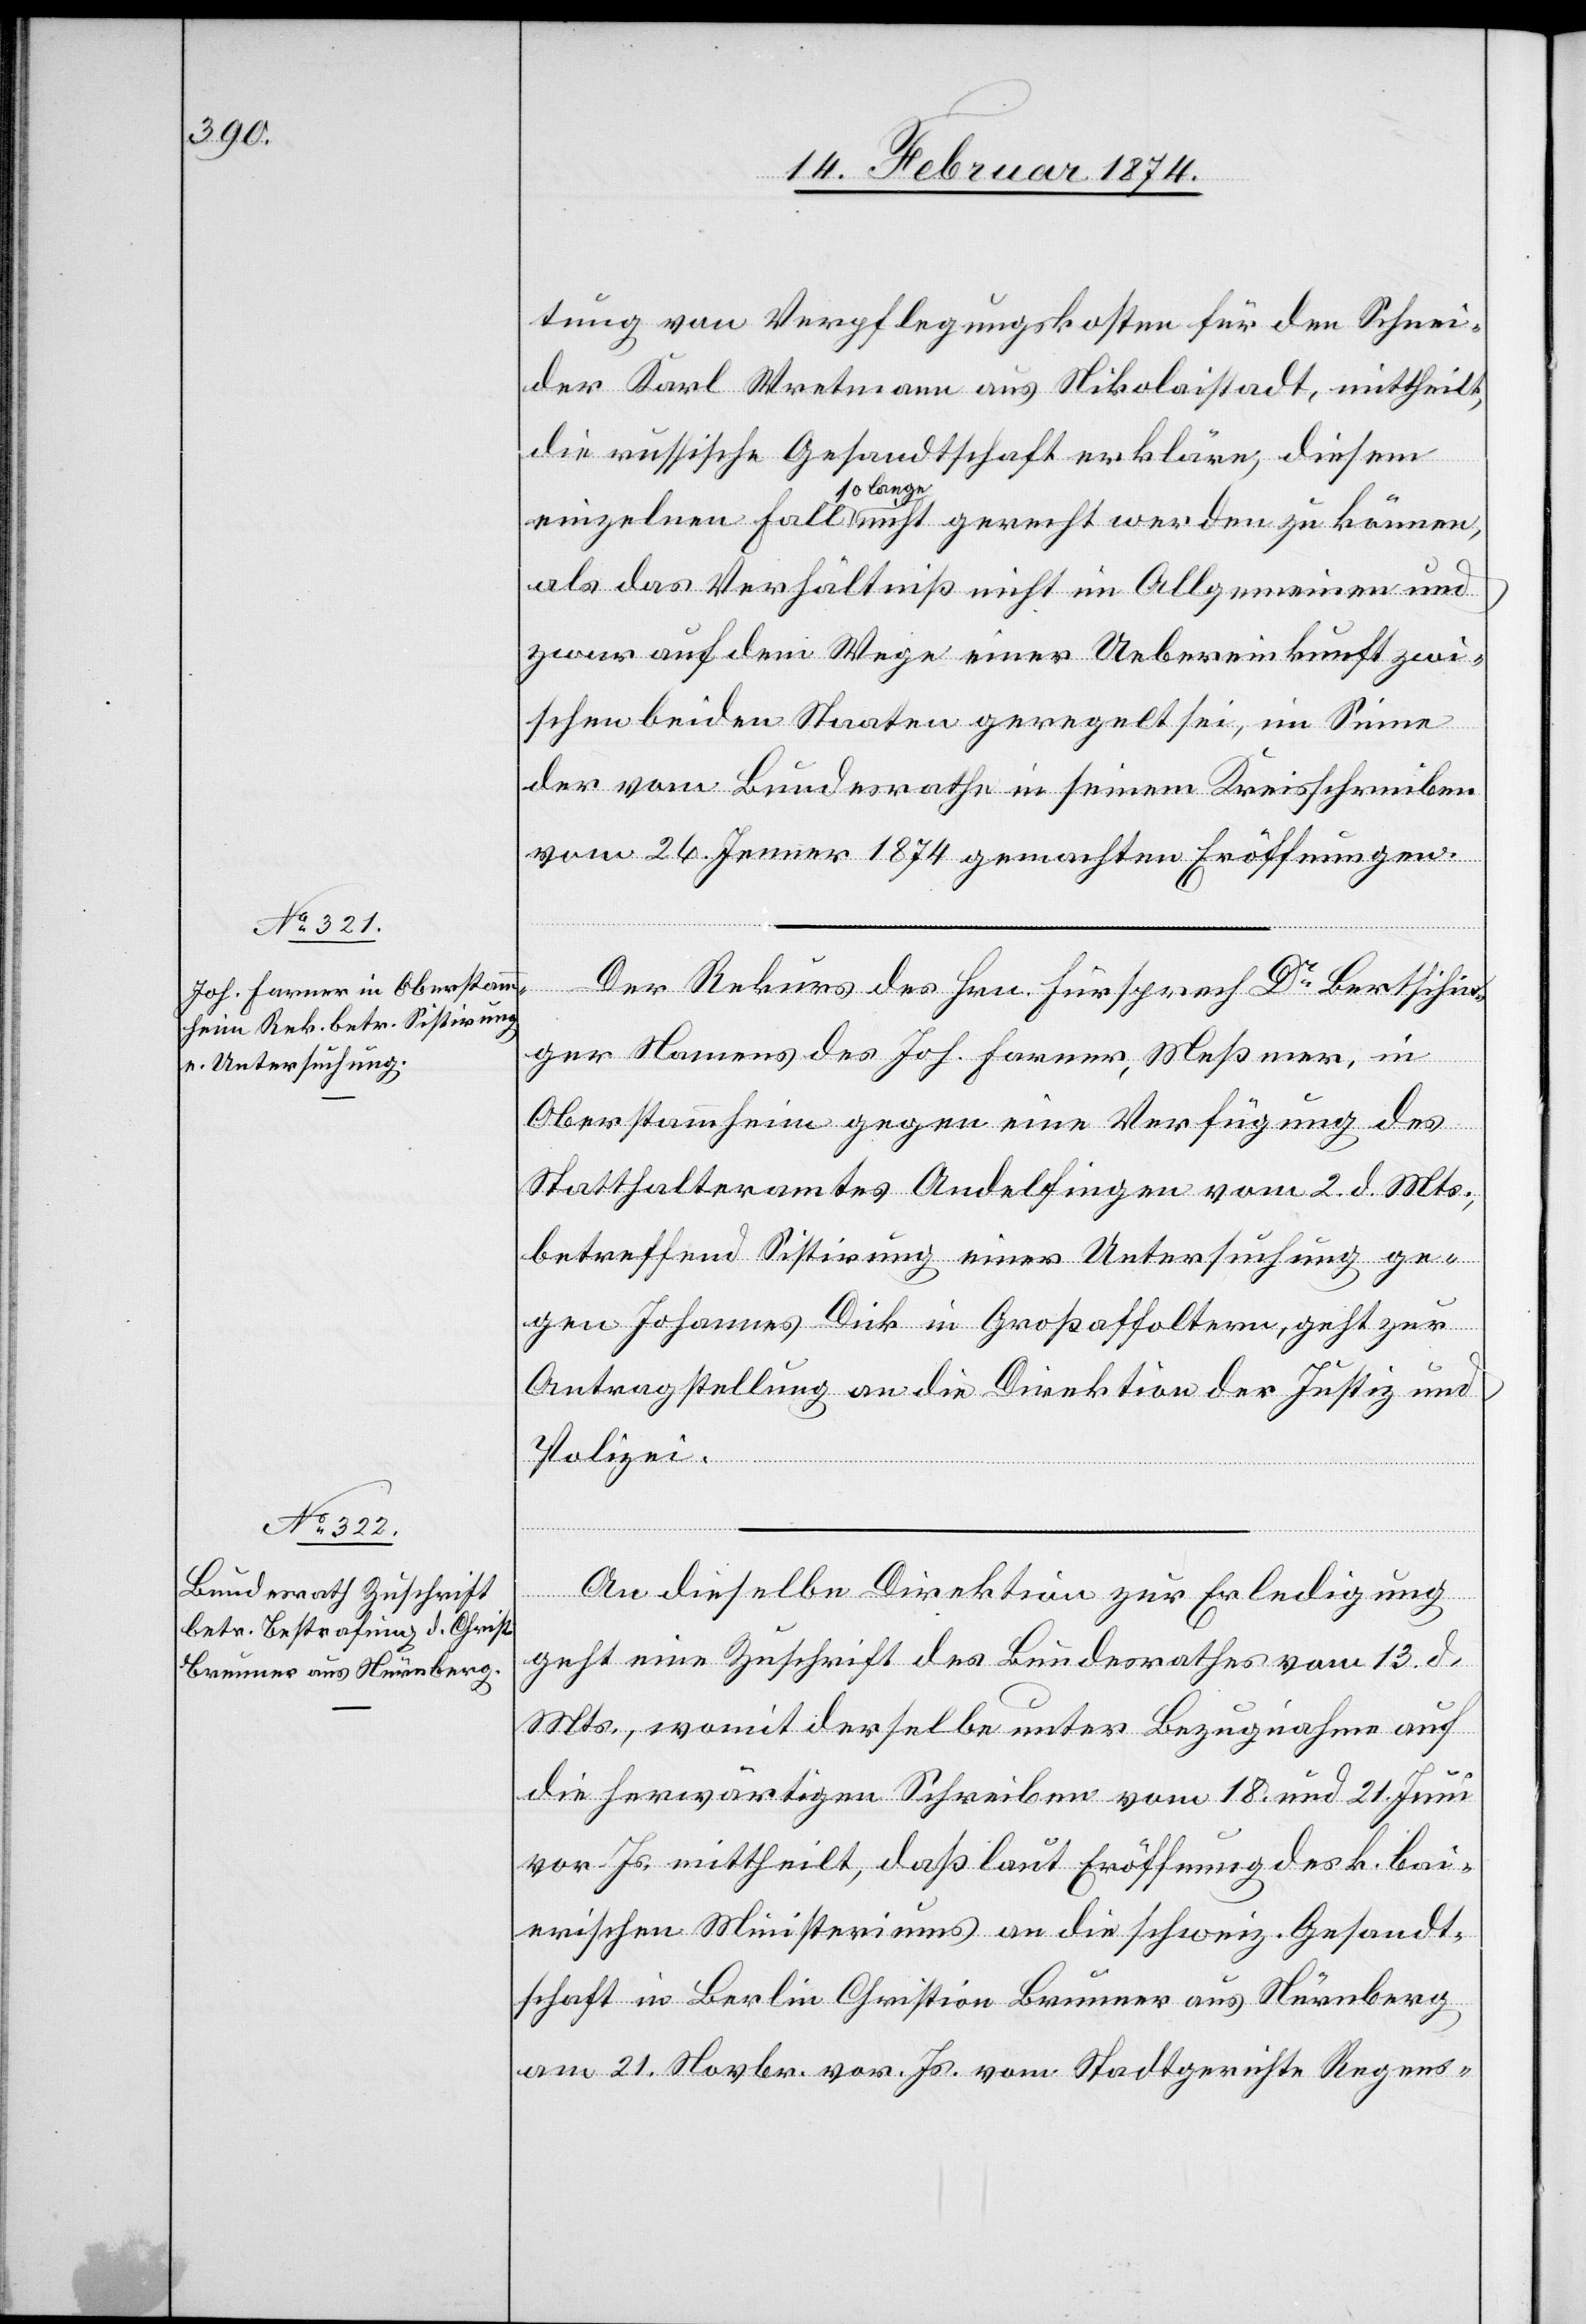
16. Februar 1874.]
tung von Verpflegungskosten für den Schnei¬
der Karl Wertmann aus Nikolaistadt, mittheilt,
die russische Gesandtschaft erkläre, diesem
einzelnen Fall so lange nicht gerecht werden zu könne,
als das Verhältniß nicht im Allgemeinen und
zwar auf dem Wege einer Uebereinkunft zwi¬
schen beiden Staaten geregelt sei, im Sinne
der vom Bundesrathe in seinem Kreisschreiben
vom 26. Jenner 1874 gemachten Eröffnungen.
Der Rekurs des Hrn. Fürsprech Dr Bertschin¬
ger Namens des Joh. Farner, Meßmer, in
Oberstammheim gegen eine Verfügung des
Statthalteramtes Andelfingen vom 2. d. Mts.,
betreffend Sistirung einer Untersuchung ge¬
gen Johannes Dick in Großaffoltern, geht zur
Antragstellung an die Direktion der Justiz und
Polizei.
An dieselbe Direktion zur Erledigung
geht eine Zuschrift des Bundesrathes vom 13. d.
Mts., womit derselbe unter Bezugnahme auf
die herwärtigen Schreiben vom 18. und 21. Juni
vor. Js. mittheilt, daß laut Eröffnung des k. bai¬
erischen Ministeriums an die schweiz. Gesandt¬
schaft in Berlin Christian Brunner aus Nürnberg
am 21. Novbr. vor. Js. vom Stadtgerichte Regens-